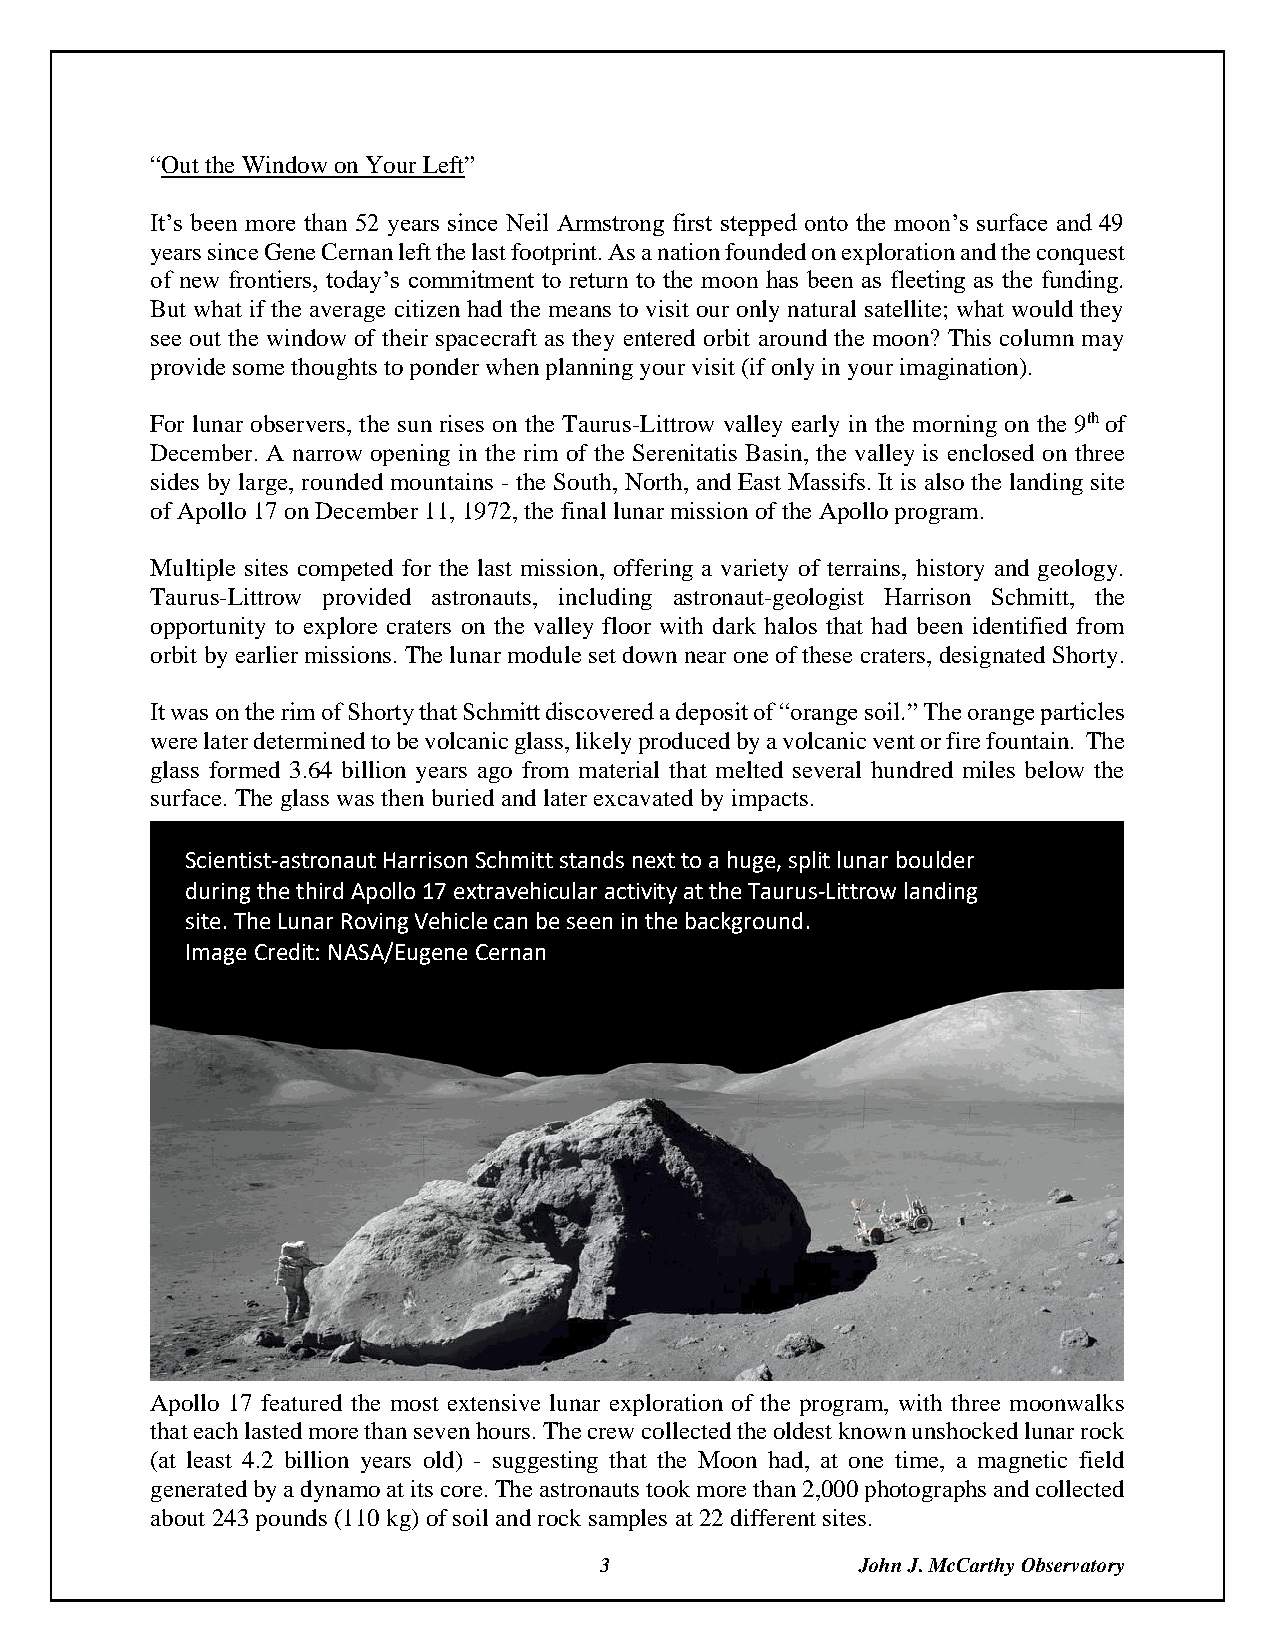
“Out the Window on Your Left”
 It’s been more than 52 years since Neil Armstrong first stepped onto the moon’s surface and 49
 years since Gene Cernan left the last footprint. As a nation founded on exploration and the conquest
 of new frontiers, today’s commitment to return to the moon has been as fleeting as the funding.
 But what if the average citizen had the means to visit our only natural satellite; what would they
 see out the window of their spacecraft as they entered orbit around the moon? This column may
 provide some thoughts to ponder when planning your visit (if only in your imagination).
 For lunar observers, the sun rises on the Taurus-Littrow valley early in the morning on the 9th of
 December. A narrow opening in the rim of the Serenitatis Basin, the valley is enclosed on three
 sides by large, rounded mountains - the South, North, and East Massifs. It is also the landing site
 of Apollo 17 on December 11, 1972, the final lunar mission of the Apollo program.
 Multiple sites competed for the last mission, offering a variety of terrains, history and geology.
 Taurus-Littrow provided astronauts, including astronaut-geologist Harrison Schmitt, the
 opportunity to explore craters on the valley floor with dark halos that had been identified from
 orbit by earlier missions. The lunar module set down near one of these craters, designated Shorty.
 It was on the rim of Shorty that Schmitt discovered a deposit of “orange soil.” The orange particles
 were later determined to be volcanic glass, likely produced by a volcanic vent or fire fountain. The
 glass formed 3.64 billion years ago from material that melted several hundred miles below the
 surface. The glass was then buried and later excavated by impacts.
 Scientist-astronaut Harrison Schmitt stands next to a huge, split lunar bouldOerra nge Soil
 during the third Apollo 17 extravehicular activity at the Taurus-Littrow landCinregd it: NASA
 site. The Lunar Roving Vehicle can be seen in the background.
 Image Credit: NASA/Eugene Cernan
 Apollo 17 featured the most extensive lunar exploration of the program, with three moonwalks
 that each lasted more than seven hours. The crew collected the oldest known unshocked lunar rock
 (at least 4.2 billion years old) - suggesting that the Moon had, at one time, a magnetic field
 generated by a dynamo at its core. The astronauts took more than 2,000 photographs and collected
 about 243 pounds (110 kg) of soil and rock samples at 22 different sites.
 3                John J. McCarthy Observatory